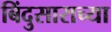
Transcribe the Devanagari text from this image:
बिंदुसाराच्या